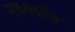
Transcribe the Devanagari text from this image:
मध्यप्रदेष